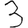
Digit: 3